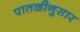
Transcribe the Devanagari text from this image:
पातळीनुसार